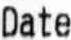
DATE